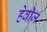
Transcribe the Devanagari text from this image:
हेवीज